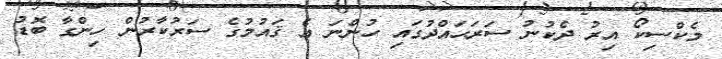
މެކްސިކޯ އިރު ދެކުނު ސަރަޙައްދުގައި ހުންނަ އެ ޤައުމުގެ ސަރުކާރުން ހިންގާ ބޮޑު